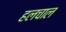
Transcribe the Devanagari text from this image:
हलचाल